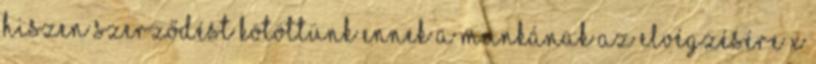
hiszen szerződést kötöttünk ennek a munkának az elvégzésére x